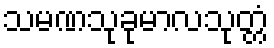
သမဏသုခုမာလသုတ္တံ